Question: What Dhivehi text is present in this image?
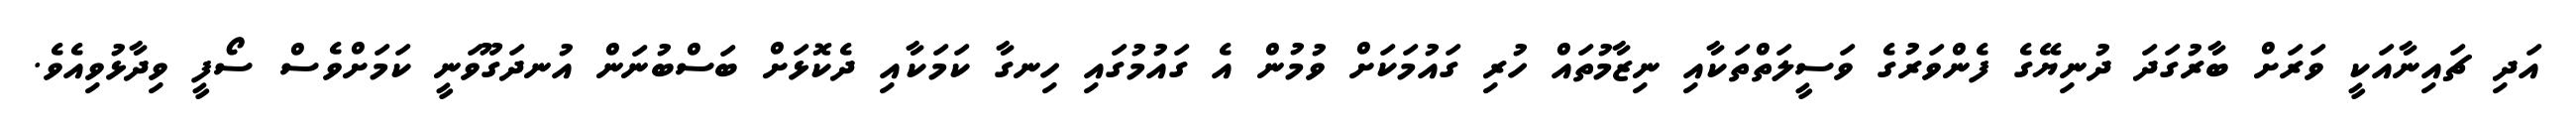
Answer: އަދި ޗައިނާއަކީ ވަރަށް ބާރުގަދަ ދުނިޔޭގެ ފެންވަރުގެ ވަސީލަތްތަކާއި ނިޒާމުތައް ހުރި ގައުމަކަށް ވުމުން އެ ގައުމުގައި ހިނގާ ކަމަކާއި ދެކޮޅަށް ބަސްބުނަން އުނދަގޫވަނީ ކަމަށްވެސް ސޯފީ ވިދާޅުވިއެވެ.